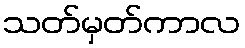
သတ်မှတ်ကာလ